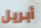
أبريل